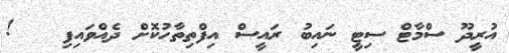
އުރީދޫ ސްމާޓް ސިޓީ ނައިބު ރައީސް އިފްތިތާހުކޮށް ދެއްވައިފި   !